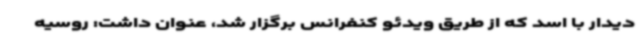
دیدار با اسد که از طریق ویدئو کنفرانس برگزار شد، عنوان داشت: روسیه